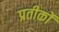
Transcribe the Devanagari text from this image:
प्रतीकोंं